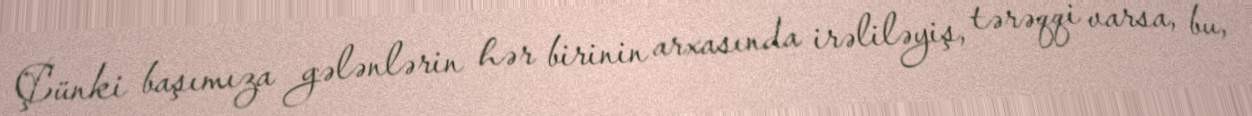
Çünki başımıza gələnlərin hər birinin arxasında irəliləyiş, tərəqqi varsa, bu,